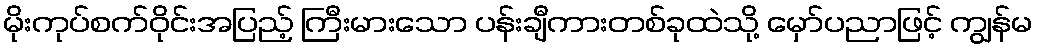
မိုးကုပ်စက်ဝိုင်းအပြည့် ကြီးမားသော ပန်းချီကားတစ်ခုထဲသို့ မှော်ပညာဖြင့် ကျွန်မ